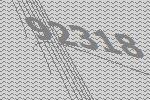
92318